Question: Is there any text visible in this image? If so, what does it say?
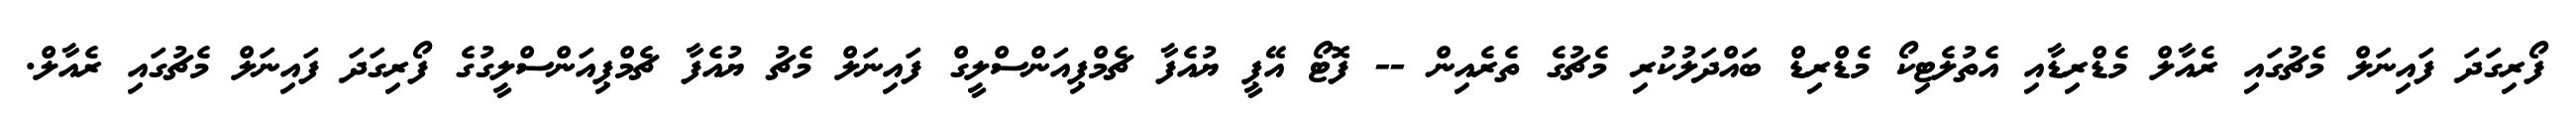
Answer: ފޯރިގަދަ ފައިނަލް މެޗުގައި ރެއާލް މެޑްރިޑާއި އެތުލެޓިކޯ މެޑްރިޑް ބައްދަލުކުރި މެޗުގެ ތެރެއިން -- ފޮޓޯ އޭޕީ ޔުއެފާ ޗެމްޕިއަންސްލީގް ފައިނަލް މެޗު ޔުއެފާ ޗެމްޕިއަންސްލީގުގެ ފޯރިގަދަ ފައިނަލް މެޗުގައި ރެއާލް.